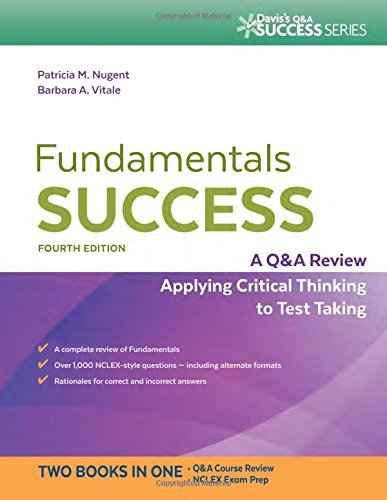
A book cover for Fundamentals Success: A Q&A Review Applying Critical Thinking to Test Taking; Patricia M. Nugent RN  EdD; Test Preparation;